Indian journal of veterinary science and animal husbandry - Volume 13,
Year: 1943
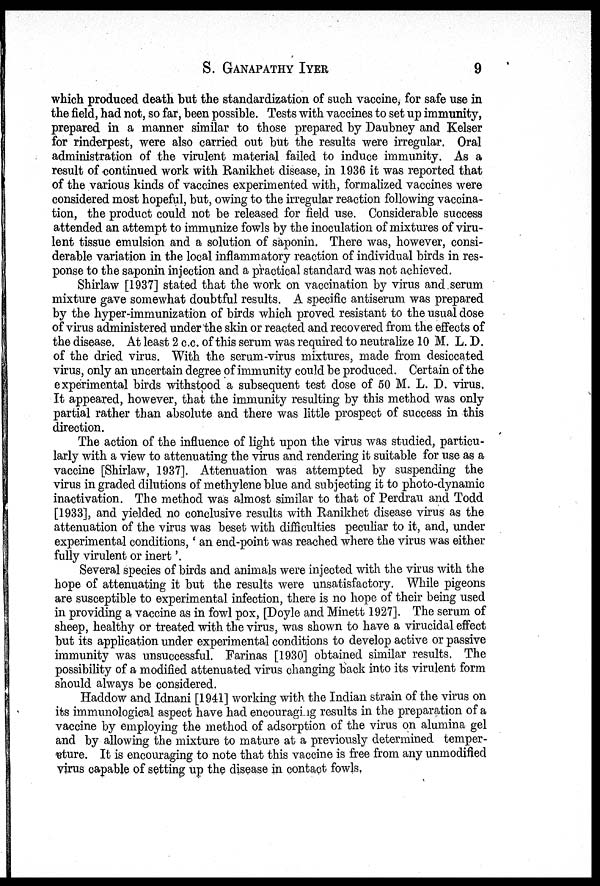
S.
GANAPATHY
IYER
9
which produced death but the standardization of such vaccine, for safe use in
the field, had not, so far, been possible. Tests with vaccines to set up immunity,
prepared in a manner similar to those prepared by Daubney and Kelser
for rinderpest, were also carried out but the results were irregular. Oral
administration of the virulent material failed to induce immunity. As a
result of continued work with Ranikhet disease, in 1936 it was reported that
of the various kinds of vaccines experimented with, formalized vaccines were
considered most hopeful, but, owing to the irregular reaction following vaccina-
tion, the product could not be released for field use. Considerable success
attended an attempt to immunize fowls by the inoculation of mixtures of viru-
lent tissue emulsion and a solution of saponin. There was, however, consi-
derable variation in the local inflammatory reaction of individual birds in res-
ponse to the saponin injection and a practical standard was not achieved.
Shirlaw [1937] stated that the work on vaccination by virus and serum
mixture gave somewhat doubtful results. A specific antiserum was prepared
by the hyper-immunization of birds which proved resistant to the usual dose
of virus administered under the skin or reacted and recovered from the effects of
the disease. At least 2 c.c. of this serum was required to neutralize 10 M. L. D.
of the dried virus. With the serum-virus mixtures, made from desiccated
virus, only an uncertain degree of immunity could be produced. Certain of the
experimental birds withstood a subsequent test dose of 50 M. L. D. virus.
It appeared, however, that the immunity resulting by this method was only
partial rather than absolute and there was little prospect of success in this
direction.
The action of the influence of light upon the virus was studied, particu-
larly with a view to attenuating the virus and rendering it suitable for use as a
vaccine [Shirlaw, 1937]. Attenuation was attempted by suspending the
virus in graded dilutions of methylene blue and subjecting it to photo-dynamic
inactivation. The method was almost similar to that of Perdrau and Todd
[1933], and yielded no conclusive results with Ranikhet disease virus as the
attenuation of the virus was beset with difficulties peculiar to it, and, under
experimental conditions,' an end-point was reached where the virus was either
fully virulent or inert '.
Several species of birds and animals were injected with the virus with the
hope of attenuating it but the results were unsatisfactory. While pigeons
are susceptible to experimental infection, there is no hope of their being used
in providing a vaccine as in fowl pox, [Doyle and Minett 1927]. The serum of
sheep, healthy or treated with the virus, was shown to have a virucidal effect
but its application under experimental conditions to develop active or passive
immunity was unsuccessful. Farinas [1930] obtained similar results. The
possibility of a modified attenuated virus changing back into its virulent form
should always be considered.
Haddow and Idnani [1941] working with the Indian strain of the virus on
its immunological aspect have had encouraging results in the preparation of a
vaccine by employing the method of adsorption of the virus on alumina gel
and by allowing the mixture to mature at a previously determined temper-
ature. It is encouraging to note that this vaccine is free from any unmodified
virus capable of setting up the disease in contact fowls.